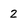
Character: 2